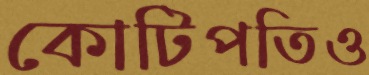
কোটিপতিও